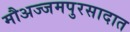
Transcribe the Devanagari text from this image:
मौअज्जमपुरसादात